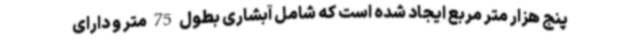
پنج هزار متر مربع ایجاد شده است که شامل آبشاری بطول 75 متر و دارای